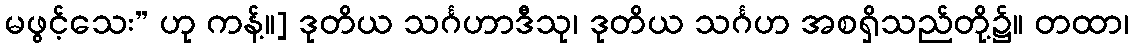
မဖွင့်သေး” ဟု ကန့်။] ဒုတိယ သင်္ဂဟာဒီသု၊ ဒုတိယ သင်္ဂဟ အစရှိသည်တို့၌။ တထာ၊